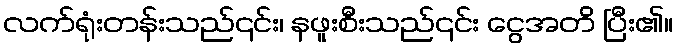
လက်ရုံးတန်းသည်၎င်း၊ နဖူးစီးသည်၎င်း ငွေအတိ ပြီး၏။